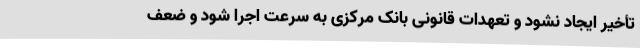
تأخیر ایجاد نشود و تعهدات قانونی بانک مرکزی به سرعت اجرا شود و ضعف